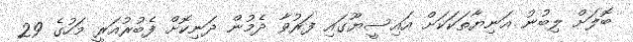
ބޮލަށް ލިބުނު އަނިޔާތަކަކަށް އައިސީޔޫގައި ފަރުވާ ދެމުން ދަނިކޮށް ފެބުރުއަރީ މަހުގެ 29